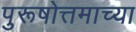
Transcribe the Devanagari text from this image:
पुरूषोत्तमाच्या